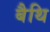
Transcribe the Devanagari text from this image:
बैथि